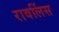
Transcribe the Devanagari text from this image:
रावलिंस